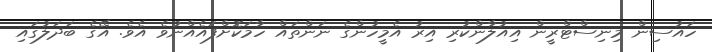
ހައުސިން މިނިސްޓްރީން އިއުލާންކުރި އިރު އެމީހުންގެ ނަންތައް ހާމަކޮށްފައެއްނުވެ އެވެ. އޭގެ ބަދަލުގައި